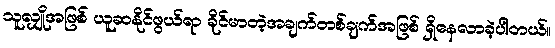
သူလျှိုအဖြစ် ယူဆနိုင်ဖွယ်ရာ ခိုင်မာတဲ့အချက်တစ်ချက်အဖြစ် ရှိနေလာခဲ့ပါတယ်။